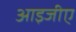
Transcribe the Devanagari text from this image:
आइजीए